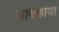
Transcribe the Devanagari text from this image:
साक्छाया